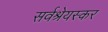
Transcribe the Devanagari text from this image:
सर्वश्रेयस्कर